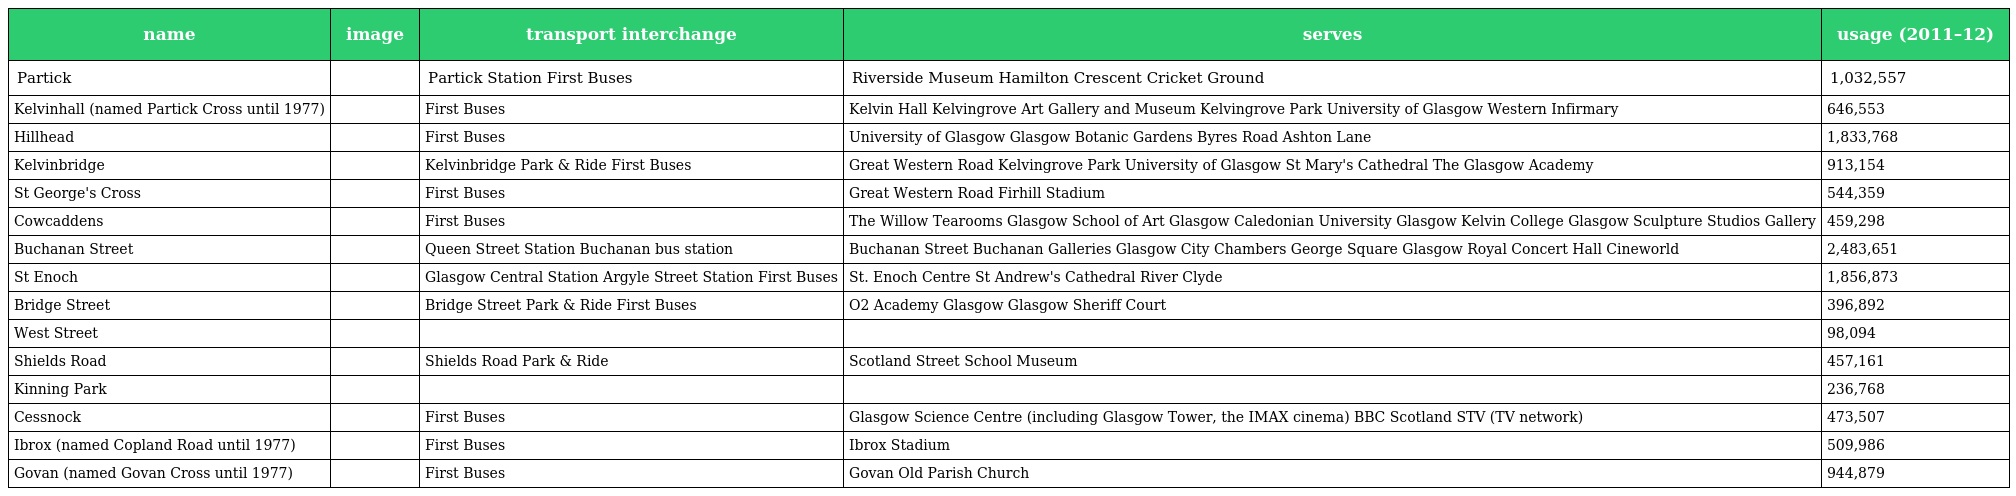
| name | image | transport interchange | serves | usage (2011–12) |
 | --- | --- | --- | --- | --- |
 | Partick |  | Partick Station First Buses | Riverside Museum Hamilton Crescent Cricket Ground | 1,032,557 |
 | Kelvinhall (named Partick Cross until 1977) |  | First Buses | Kelvin Hall Kelvingrove Art Gallery and Museum Kelvingrove Park University of Glasgow Western Infirmary | 646,553 |
 | Hillhead |  | First Buses | University of Glasgow Glasgow Botanic Gardens Byres Road Ashton Lane | 1,833,768 |
 | Kelvinbridge |  | Kelvinbridge Park & Ride First Buses | Great Western Road Kelvingrove Park University of Glasgow St Mary's Cathedral The Glasgow Academy | 913,154 |
 | St George's Cross |  | First Buses | Great Western Road Firhill Stadium | 544,359 |
 | Cowcaddens |  | First Buses | The Willow Tearooms Glasgow School of Art Glasgow Caledonian University Glasgow Kelvin College Glasgow Sculpture Studios Gallery | 459,298 |
 | Buchanan Street |  | Queen Street Station Buchanan bus station | Buchanan Street Buchanan Galleries Glasgow City Chambers George Square Glasgow Royal Concert Hall Cineworld | 2,483,651 |
 | St Enoch |  | Glasgow Central Station Argyle Street Station First Buses | St. Enoch Centre St Andrew's Cathedral River Clyde | 1,856,873 |
 | Bridge Street |  | Bridge Street Park & Ride First Buses | O2 Academy Glasgow Glasgow Sheriff Court | 396,892 |
 | West Street |  |  |  | 98,094 |
 | Shields Road |  | Shields Road Park & Ride | Scotland Street School Museum | 457,161 |
 | Kinning Park |  |  |  | 236,768 |
 | Cessnock |  | First Buses | Glasgow Science Centre (including Glasgow Tower, the IMAX cinema) BBC Scotland STV (TV network) | 473,507 |
 | Ibrox (named Copland Road until 1977) |  | First Buses | Ibrox Stadium | 509,986 |
 | Govan (named Govan Cross until 1977) |  | First Buses | Govan Old Parish Church | 944,879 |